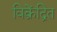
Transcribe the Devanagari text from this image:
विक्रेंद्रित